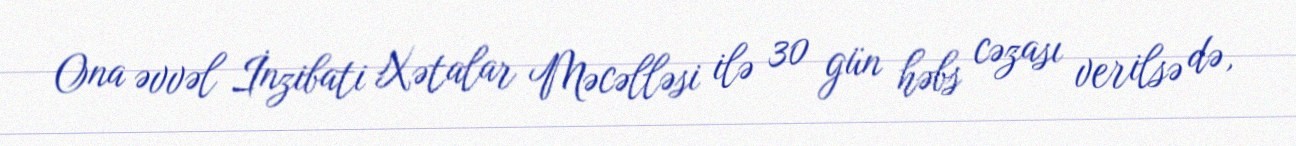
Ona əvvəl İnzibati Xətalar Məcəlləsi ilə 30 gün həbs cəzası verilsə də,